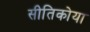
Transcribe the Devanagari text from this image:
सीतिकोया